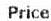
PRICE